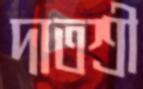
দাতশ্রী